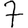
Digit: 7